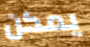
يمكن